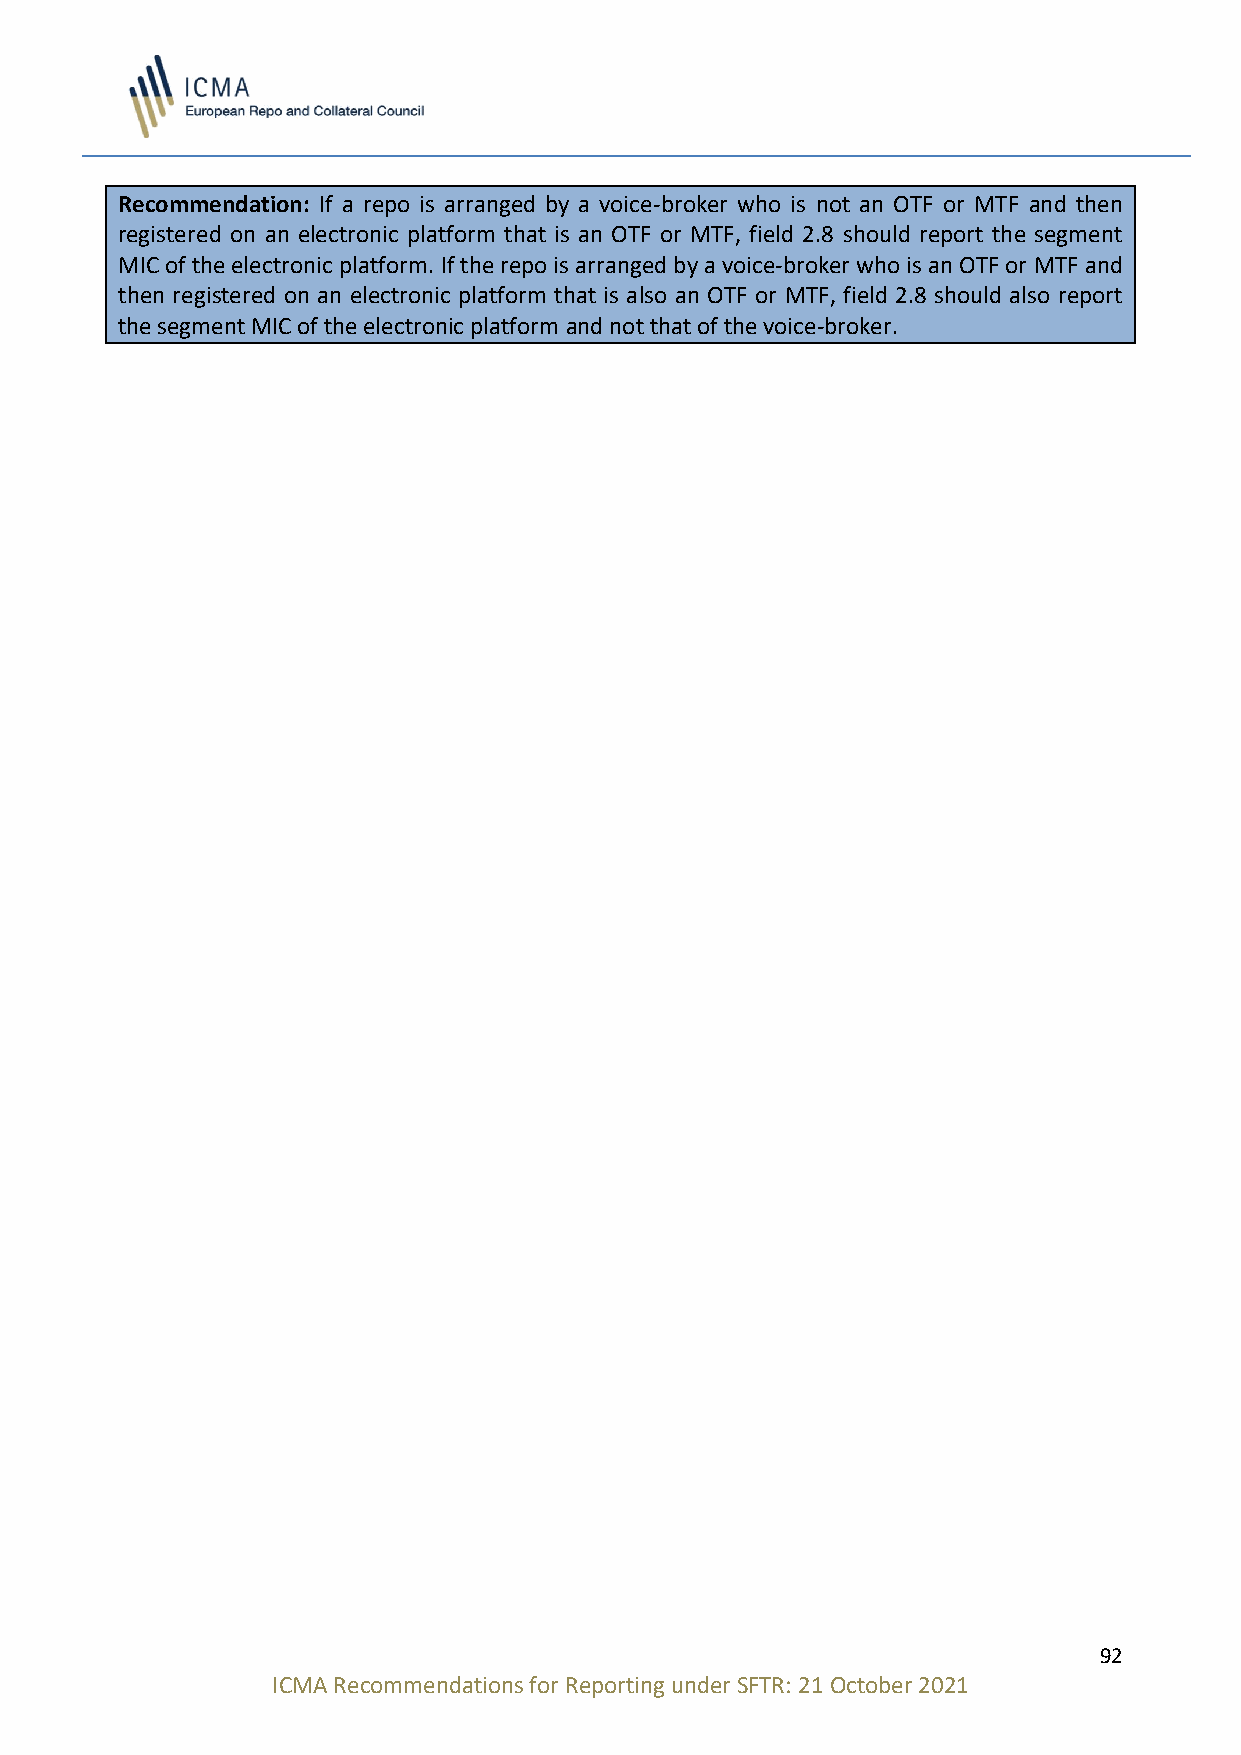
Recommendation: If a repo is arranged by a voice-broker who is not an OTF or MTF and then
 registered on an electronic platform that is an OTF or MTF, field 2.8 should report the segment
 MIC of the electronic platform. If the repo is arranged by a voice-broker who is an OTF or MTF and
 then registered on an electronic platform that is also an OTF or MTF, field 2.8 should also report
 the segment MIC of the electronic platform and not that of the voice-broker.
 92
 ICMA Recommendations for Reporting under SFTR: 21 October 2021